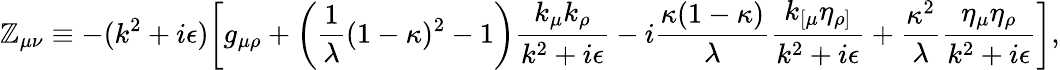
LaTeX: \mathbb{Z}_{\mu\nu}\equiv-(k^{2}+i\epsilon)\biggl[g_{\mu\rho}+\biggl({\frac{{1}}{{\lambda}}}(1-\kappa)^{2}-1\biggr){\frac{{k_{\mu}k_{\rho}}}{{k^{2}+i\epsilon}}}-i{\frac{{\kappa(1-\kappa)}}{{\lambda}}}{\frac{{k_{[\mu}\eta_{\rho]}}}{{k^{2}+i\epsilon}}}+{\frac{{\kappa^{2}}}{{\lambda}}}{\frac{{\eta_{\mu}\eta_{\rho}}}{{k^{2}+i\epsilon}}}\biggr],